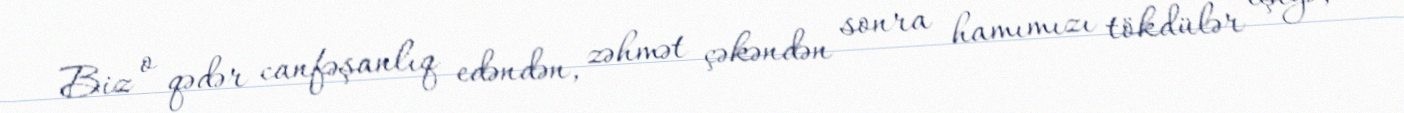
Biz o qədər canfəşanlıq edəndən, zəhmət çəkəndən sonra hamımızı tökdülər eşiyə,